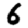
Digit: 6